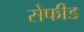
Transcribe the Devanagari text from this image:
सेफीड